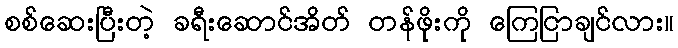
စစ်ဆေးပြီးတဲ့ ခရီးဆောင်အိတ် တန်ဖိုးကို ကြေငြာချင်လား။